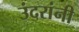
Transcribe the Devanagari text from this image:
उंदरांनी